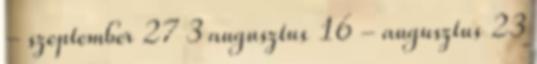
- szeptember 27 3 augusztus 16 - augusztus 23